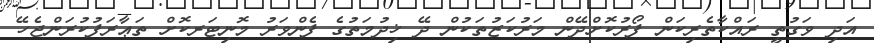
އަދި ވަގުތީ ރައްކާތެރިކަން ފޯރުކޮށްދޭން މަރުކަޒުތަކުން ދޭ ޚިދުމަތުގެ ފެންވަރު މޮނިޓަރކޮށް ތަޢާރަފުކުރަންޖެހޭ